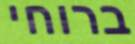
ברוחי